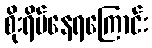
စိုးရိမ်နေရကြောင်း